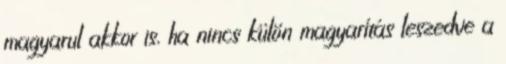
magyarul akkor is, ha nincs külön magyarítás leszedve a